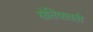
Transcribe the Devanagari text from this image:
सेतियावती